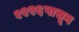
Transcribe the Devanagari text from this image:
१२२६पासून